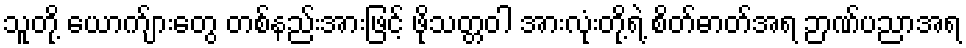
သူတို့ ယောက်ျားတွေ တစ်နည်းအားဖြင့် ဖိုသတ္တဝါ အားလုံးတို့ရဲ့ စိတ်ဓာတ်အရ ဉာဏ်ပညာအရ